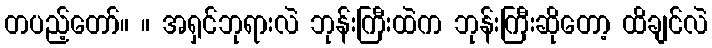
တပည့်တော်။ ။ အရှင်ဘုရားလဲ ဘုန်းကြီးထဲက ဘုန်းကြီးဆိုတော့ ထိချင်လဲ